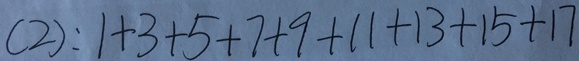
( 2 ) : 1 + 3 + 5 + 7 + 9 + 1 1 + 1 3 + 1 5 + 1 7